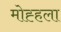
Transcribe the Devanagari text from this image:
मोह्हला